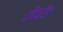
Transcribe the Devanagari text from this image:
देंदरेह